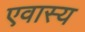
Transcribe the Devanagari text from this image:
एवास्य